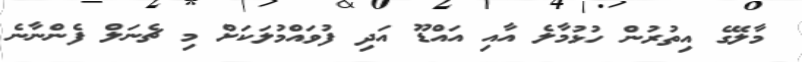
މާލޭގެ އިތުރުން ހުޅުމާލެ އާއި އައްޑޫ އަދި ފުވައްމުލަކަށް މި ޗެނަލް ފެންނާނެ